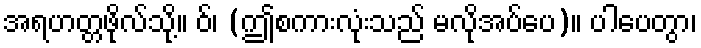
အရဟတ္တဖိုလ်သို့။ ဝ်၊ (ဤစကားလုံးသည် မလိုအပ်ပေ)။ ပါပေတွာ၊